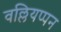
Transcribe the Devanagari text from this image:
वल्लियप्पन